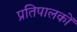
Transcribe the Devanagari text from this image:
प्रतिपालकों